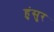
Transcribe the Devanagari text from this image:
हुंसुर